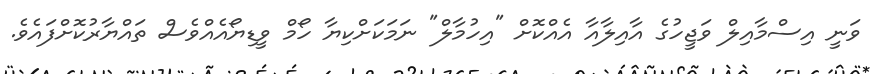
ވަނީ އިސްމާއިލް ވަޖީހުގެ އާއިލާއާ އެއްކޮށް "އިހުމާލް" ނަމަކަށްކިޔާ ހޯމް ވީޑިޔޯއެއްވެސް ތައްޔާރުކޮށްފައެވެ.